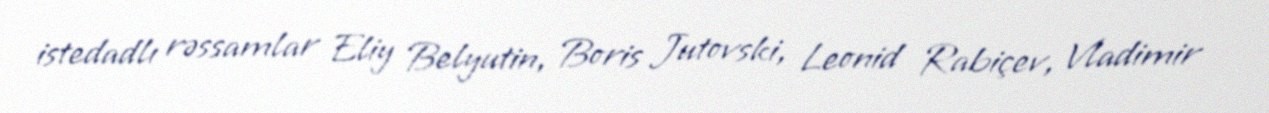
istedadlı rəssamlar Eliy Belyutin, Boris Jutovski, Leonid Rabiçev, Vladimir